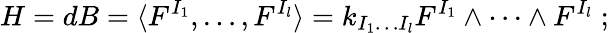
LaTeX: H=dB=\langle F^{I_{1}},\dots,F^{I_{l}}\rangle=k_{I_{1}\dots I_{l}}F^{I_{1}}\wedge\dots\wedge F^{I_{l}}\; ;